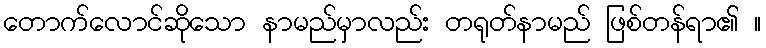
တောက်လောင်ဆိုသော နာမည်မှာလည်း တရုတ်နာမည် ဖြစ်တန်ရာ၏ ။